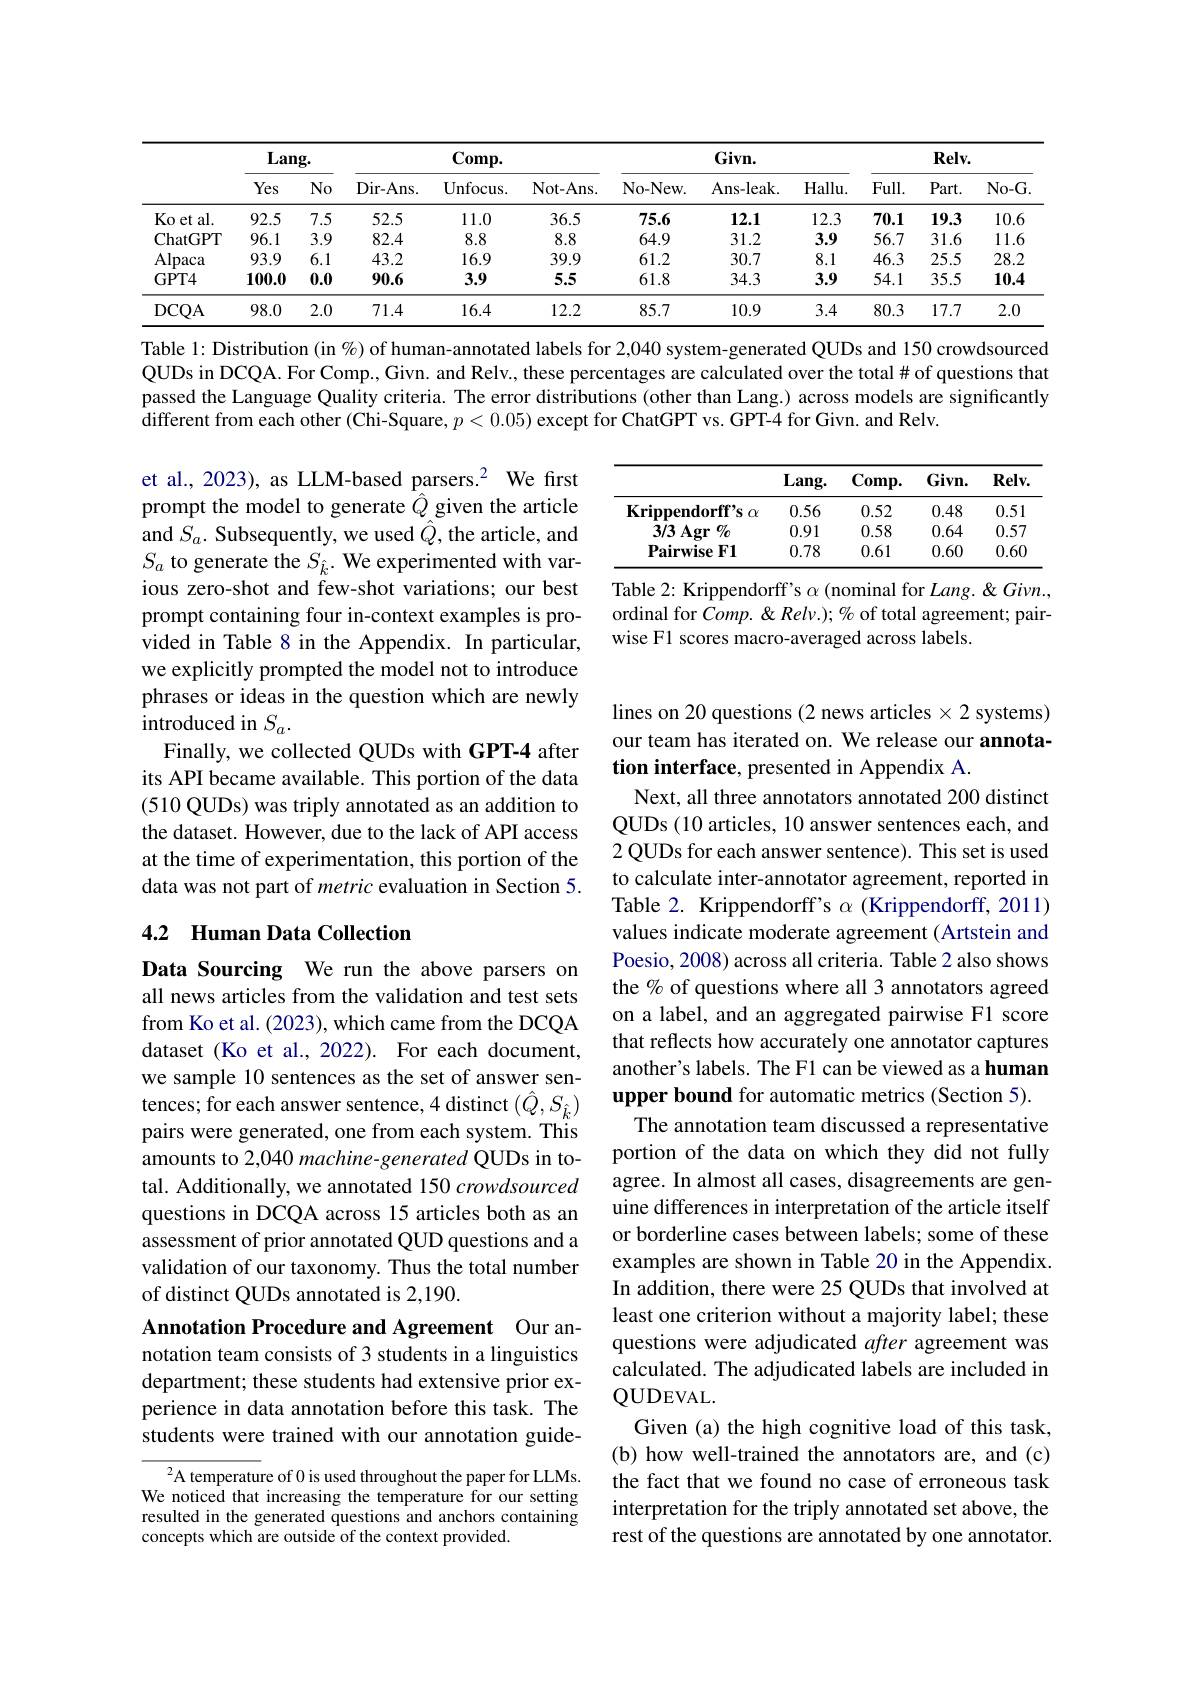
<table>
	<tbody>
		<tr>
			<th> </th>
			<th colspan="2">Lang.</th>
			<th colspan="2">$Comp.$</th>
			<th> </th>
			<th colspan="3">$Givn.$</th>
			<th colspan="3">$Relv.$</th>
		</tr>
		<tr>
			<th> </th>
			<th>Yes</th>
			<th>$No$</th>
			<th>Dir- Ans. </th>
			<th>Unfocus. </th>
			<th>Not- Ans. </th>
			<th>No- New. </th>
			<th>Ans- leak.</th>
			<th>$Hallu.$</th>
			<th>$Full.$</th>
			<th>$Part.$</th>
			<th>$No-G$</th>
		</tr>
		<tr>
			<td>Ko et al.</td>
			<td>92.5</td>
			<td>7.5</td>
			<td>52.5</td>
			<td>11.0</td>
			<td>36.5</td>
			<td>75.6</td>
			<td>12.1</td>
			<td>12.3</td>
			<td>70.1</td>
			<td>19.3</td>
			<td>10.6</td>
		</tr>
		<tr>
			<td>ChatGPT</td>
			<td>96.1</td>
			<td>3.9</td>
			<td>82.4</td>
			<td>8.8</td>
			<td>8.8</td>
			<td>64.9</td>
			<td>31.2</td>
			<td>3.9</td>
			<td>56.7</td>
			<td>31.6</td>
			<td>11.6</td>
		</tr>
		<tr>
			<td>Alpaca</td>
			<td>93.9</td>
			<td>6.1</td>
			<td>43.2</td>
			<td>16.9</td>
			<td>39.9</td>
			<td>61.2</td>
			<td>30.7</td>
			<td>8.1</td>
			<td>46.3</td>
			<td>25.5</td>
			<td>28.2</td>
		</tr>
		<tr>
			<td>$GPT4$</td>
			<td>100.0</td>
			<td>0.0</td>
			<td>90.6</td>
			<td>3.9</td>
			<td>5.5</td>
			<td>61.8</td>
			<td>34.3</td>
			<td>3.9</td>
			<td>54.1</td>
			<td>35.5</td>
			<td>10.4</td>
		</tr>
		<tr>
			<td>DCQA</td>
			<td>98.0</td>
			<td>2.0</td>
			<td>71.4</td>
			<td>16.4</td>
			<td>12.2</td>
			<td>85.7</td>
			<td>10.9</td>
			<td>3.4</td>
			<td>80.3</td>
			<td>17.7</td>
			<td>2.0</td>
		</tr>
	</tbody>
</table>

Table 1: Distribution (in %) of human-annotated labels for 2,040 system-generated QUDs and 150 crowdsourced QUDs in DCQA. For Comp., Givn. and Relv., these percentages are calculated over the total# of questions that passed the Language Quality criteria. The error distributions (other than Lang.) across models are significantly different from each other (Chi-Square, $p<0.05)$ except for ChatGPT vs. GPT-4 for Givn. and Relv.

<table>
	<tbody>
		<tr>
			<th> </th>
			<th>$Lang.$</th>
			<th>$Comp.$</th>
			<th>$Givn.$</th>
			<th>$Relv.$</th>
		</tr>
		<tr>
			<td>$\mathbf{Krippendorff"s~\alpha}$</td>
			<td>0.56</td>
			<td>0.52</td>
			<td>0.48</td>
			<td>0.51</td>
		</tr>
		<tr>
			<td>3/3 Agr $\%$</td>
			<td>0.91</td>
			<td>0.58</td>
			<td>0.64</td>
			<td>0.57</td>
		</tr>
		<tr>
			<td>$\textbf{Pairwise F1}$</td>
			<td>0.78</td>
			<td>0.61</td>
			<td>0.60</td>
			<td>0.60</td>
		</tr>
	</tbody>
</table>

Table 2: Krippendorff's $\alpha$ (nominal for Lang. & Givn., ordinal for $Comp.\&Relv.);\%$ of total agreement; pairwise F1 scores macro-averaged across labels.

et al., 2023), as LLM-based parsers.$^{2}$ We first prompt the model to generate $\hat{Q}$ given the article and $S_{a}.$ Subsequently, we used $\hat{Q}$, the article, and $S_a$ to generate the $S_{\hat{k}}.$ We experimented with various zero-shot and few-shot variations; our best prompt containing four in-context examples is provided in Table 8 in the Appendix. In particular, we explicitly prompted the model not to introduce phrases or ideas in the question which are newly introduced in $S_a.$
Finally, we collected QUDs with GPT-4 after its API became available. This portion of the data (510 QUDs) was triply annotated as an addition to the dataset. However, due to the lack of API access at the time of experimentation, this portion of the data was not part of metric evaluation in Section 5.

### 4.2 Human Data Collection

Data Sourcing We run the above parsers on all news articles from the validation and test sets from Ko et al. (2023), which came from the DCQA dataset (Ko et al., 2022). For each document, we sample 10 sentences as the set of answer sentences; for each answer sentence, 4 distinct $(\hat{Q},S_{\hat{k}})$ pairs were generated, one from each system. This amounts to 2,040 machine-generated QUDs in total. Additionally, we annotated 150 crowdsourced questions in DCQA across 15 articles both as an assessment of prior annotated QUD questions and a validation of our taxonomy. Thus the total number of distinct QUDs annotated is 2,190

lines on 20 questions (2 news articles $\times2$ systems) our team has iterated on. We release our annotation interface, presented in Appendix A.
Next, all three annotators annotated 200 distinct QUDs (10 articles, 10 answer sentences each, and 2 QUDs for each answer sentence). This set is used to calculate inter-annotator agreement, reported in Table 2. Krippendorff's $\alpha$ (Krippendorff, 2011) values indicate moderate agreement (Artstein and Poesio, 2008) across all criteria. Table 2 also shows the % of questions where all 3 annotators agreed on a label, and an aggregated pairwise F1 score that reflects how accurately one annotator captures another's labels. The F1 can be viewed as a human upper bound for automatic metrics (Section 5).
The annotation team discussed a representative portion of the data on which they did not fully agree. In almost all cases, disagreements are genuine differences in interpretation of the article itself or borderline cases between labels; some of these examples are shown in Table 20 in the Appendix. In addition, there were 25 QUDs that involved at least one criterion without a majority label; these questions were adjudicated after agreement was calculated. The adjudicated labels are included in QUDEVAL.
Given (a) the high cognitive load of this task, (b) how well-trained the annotators are, and (c) the fact that we found no case of erroneous task interpretation for the triply annotated set above, the rest of the questions are annotated by one annotator.

Annotation Procedure and Agreement Our annotation team consists of 3 students in a linguistics

department; these students had extensive prior experience in data annotation before this task. The students were trained with our annotation guide-

$^{2}$A temperature of 0 is used throughout the paper for LLMs. We noticed that increasing the temperature for our setting resulted in the generated questions and anchors containing concepts which are outside of the context provided.